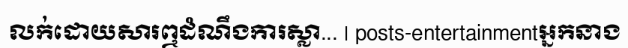
លក់ដោយសារឮដំណឹងការស្លា... | posts-entertainmentអ្នកនាង